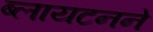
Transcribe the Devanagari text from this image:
ब्लायटनने